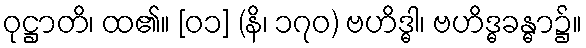
ဝုဋ္ဌာတိ၊ ထ၏။ [၀၁] (နိ၊ ၁၇၀) ဗဟိဒ္ဓါ၊ ဗဟိဒ္ဓခန္ဓာ၌။